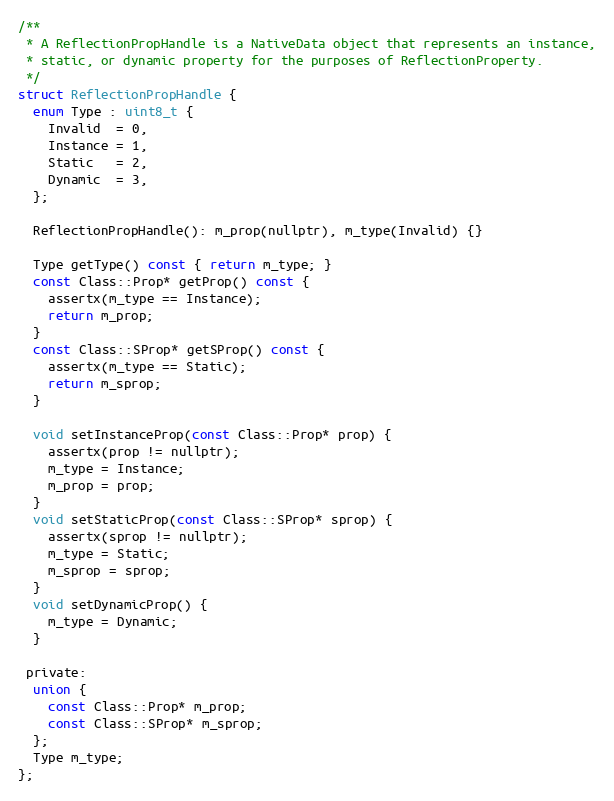
Language: C
/**
 * A ReflectionPropHandle is a NativeData object that represents an instance,
 * static, or dynamic property for the purposes of ReflectionProperty.
 */
struct ReflectionPropHandle {
  enum Type : uint8_t {
    Invalid  = 0,
    Instance = 1,
    Static   = 2,
    Dynamic  = 3,
  };

  ReflectionPropHandle(): m_prop(nullptr), m_type(Invalid) {}

  Type getType() const { return m_type; }
  const Class::Prop* getProp() const {
    assertx(m_type == Instance);
    return m_prop;
  }
  const Class::SProp* getSProp() const {
    assertx(m_type == Static);
    return m_sprop;
  }

  void setInstanceProp(const Class::Prop* prop) {
    assertx(prop != nullptr);
    m_type = Instance;
    m_prop = prop;
  }
  void setStaticProp(const Class::SProp* sprop) {
    assertx(sprop != nullptr);
    m_type = Static;
    m_sprop = sprop;
  }
  void setDynamicProp() {
    m_type = Dynamic;
  }

 private:
  union {
    const Class::Prop* m_prop;
    const Class::SProp* m_sprop;
  };
  Type m_type;
};